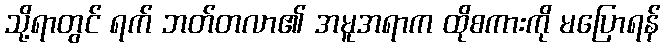
သို့ရာတွင် ရက် ဘတ်တလာ၏ အမူအရာက ထိုစကားကို မပြောရန်